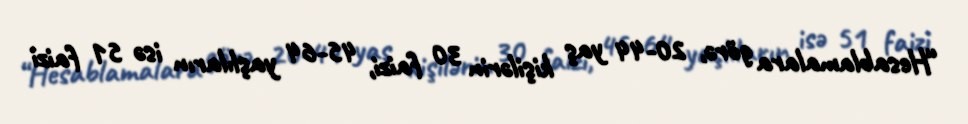
“Hesablamalara görə, 20-44 yaş kişilərin 30 faizi, 45-64 yaşlıların isə 51 faizi